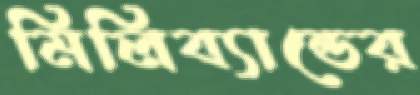
মিলিব্যান্ডের